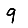
Digit: 9